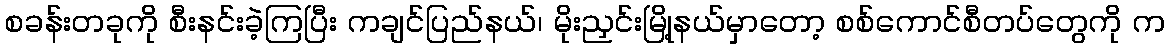
စခန်းတခုကို စီးနင်းခဲ့ကြပြီး ကချင်ပြည်နယ်၊ မိုးညှင်းမြို့နယ်မှာတော့ စစ်ကောင်စီတပ်တွေကို က